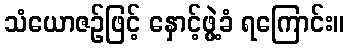
သံယောဇဉ်ဖြင့် နှောင့်ဖွဲ့ခံ ရကြောင်း။